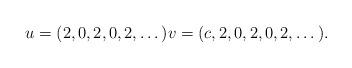
LaTeX: \begin{align*} u=(2, 0, 2, 0, 2, \dots) v=(c, 2, 0, 2, 0, 2, \dots).\end{align*}